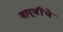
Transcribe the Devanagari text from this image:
बापूजींचे